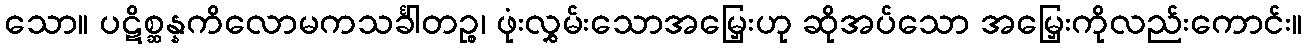
သော။ ပဋိစ္ဆန္နကိလောမကသင်္ခါတဉ္စ၊ ဖုံးလွှမ်းသောအမြှေးဟု ဆိုအပ်သော အမြှေးကိုလည်းကောင်း။